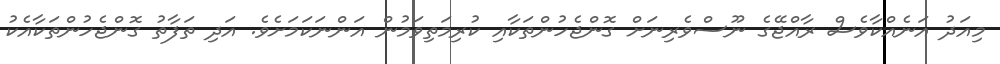
މިއަދު އަނެއްކާވެސް ރާއްޖޭގެ ނޫސްވެރިނަށް ގޮންޖެހުންތަކާއި ކުރިމަތިވަމުން އަންނަަކަމަށެވެ. އަދި ތަފާތު ގޮންޖެހުންތަކާއެކު